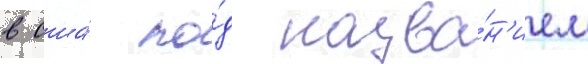
в сша́ по́д назва́н'ием